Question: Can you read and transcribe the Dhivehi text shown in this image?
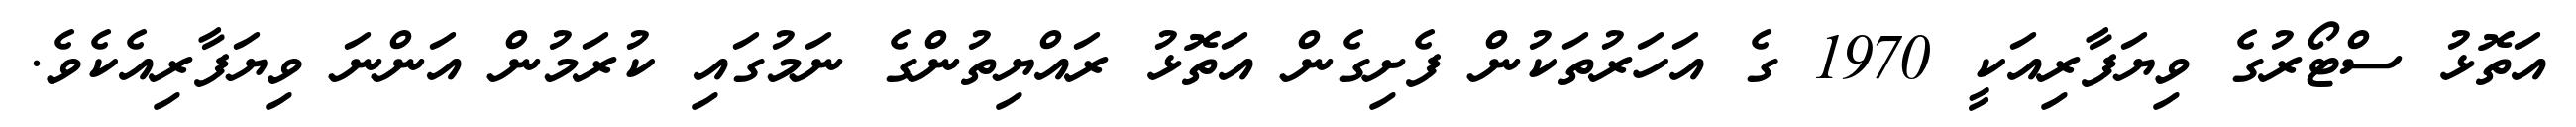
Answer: އަތޮޅު ސްޓޯރުގެ ވިޔަފާރިއަކީ 1970 ގެ އަހަރުތަކުން ފެށިގެން އަތޮޅު ރައްޔިތުންގެ ނަމުގައި ކުރަމުން އަންނަ ވިޔަފާރިއެކެވެ.